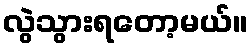
လွဲသွားရတော့မယ်။